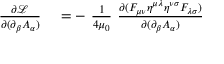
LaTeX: \begin{array} { r l } { { \frac { \partial { \mathcal { L } } } { \partial ( \partial _ { \beta } A _ { \alpha } ) } } } & { { } = - \ { \frac { 1 } { 4 \mu _ { 0 } } } \ { \frac { \partial ( F _ { \mu \nu } \eta ^ { \mu \lambda } \eta ^ { \nu \sigma } F _ { \lambda \sigma } ) } { \partial ( \partial _ { \beta } A _ { \alpha } ) } } } \end{array}